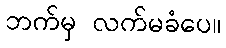
ဘက်မှ လက်မခံပေ။